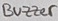
Text: Buzzer